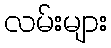
လမ်းများ